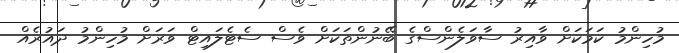
މުހިންމު ކަމަކަށް ވާއިރު ސާވަލެންސްގެ ބޭނުންތަކަށް ވެސް ސެޓެލައިޓް ވަރަށް މުހިންމު ދައުރެއް